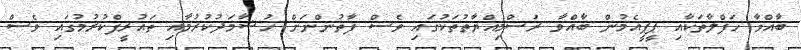
ބާއްވާ ހަފްލާތަކާއި ޕީޕީއެމުން ބާއްވާ ރަސްމިއްޔާތުތަކުގައި ވެސް ފާތުންނަށް ހުޝާމަދުކުރުމާއި ތައުރީފްކުރުމުގައި ވެސް